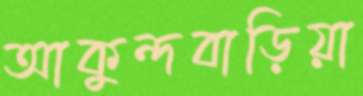
আকুন্দবাড়িয়া